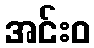
အင်းဝ